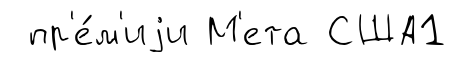
пр'е́м'иjи М'ета США1